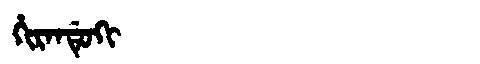
Manchu: ᡥᡳᡵᠠᠨᡩᡠᡴᡳ
Romanization: HIRANDUKI